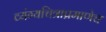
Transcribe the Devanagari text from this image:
व्यंग्यचित्राप्रमाणेच